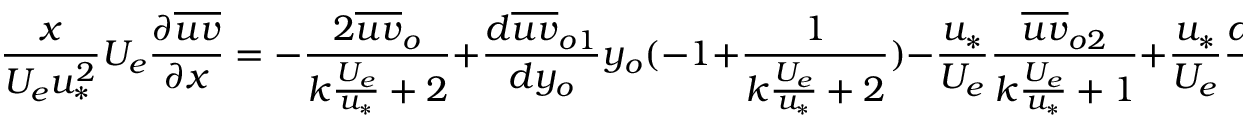
\frac { x } { U _ { e } u _ { * } ^ { 2 } } U _ { e } \frac { \partial \overline { { u v } } } { \partial x } = - \frac { 2 \overline { { u v } } _ { o } } { k \frac { U _ { e } } { u _ { * } } + 2 } + \frac { d \overline { { u v } } _ { o 1 } } { d y _ { o } } y _ { o } ( - 1 + \frac { 1 } { { k \frac { U _ { e } } { u _ { * } } + 2 } } ) - \frac { u _ { * } } { U _ { e } } \frac { \overline { { u v } } _ { o 2 } } { k \frac { U _ { e } } { u _ { * } } + 1 } + \frac { u _ { * } } { U _ { e } } \frac { d \overline { { u v } } _ { 0 2 } } { d y _ { o } } ( y _ { o } + \frac { y _ { o } } { k \frac { U _ { e } } { u _ { * } } + 2 } ) .